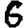
Digit: 6